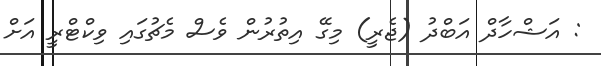
: އަޝްހާދް އަބްދު (ޖެރީ) މިގޭ އިތުރުން ވެސް މެޗުގައި ވިކްޓްރީ އަށް